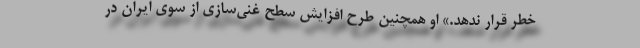
خطر قرار ندهد.» او همچنین طرح افزایش سطح غنی‌سازی از سوی ایران در